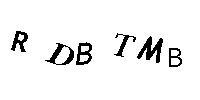
RDBTMB